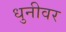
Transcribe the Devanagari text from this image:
धुनीवर